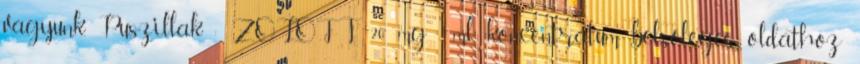
vagyunk. Puszillak : ZOLOFT 20 mg ml koncentrátum belsőleges oldathoz